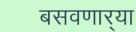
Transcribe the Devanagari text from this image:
बसवणार्‍या